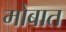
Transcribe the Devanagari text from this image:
मोबात